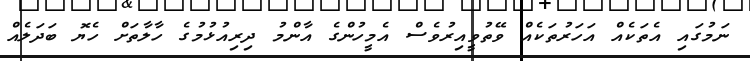
ނަމުގައި އެތަކެއް އަހަރުތަކެއް ވޭތުވީއިރުވެސް އެމީހުންގެ އާންމު ދިރިއުޅުމުގެ ހާލާތަށް ހެޔޮ ބަދަލެއް